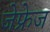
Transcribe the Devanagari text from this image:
जेफ्रेज